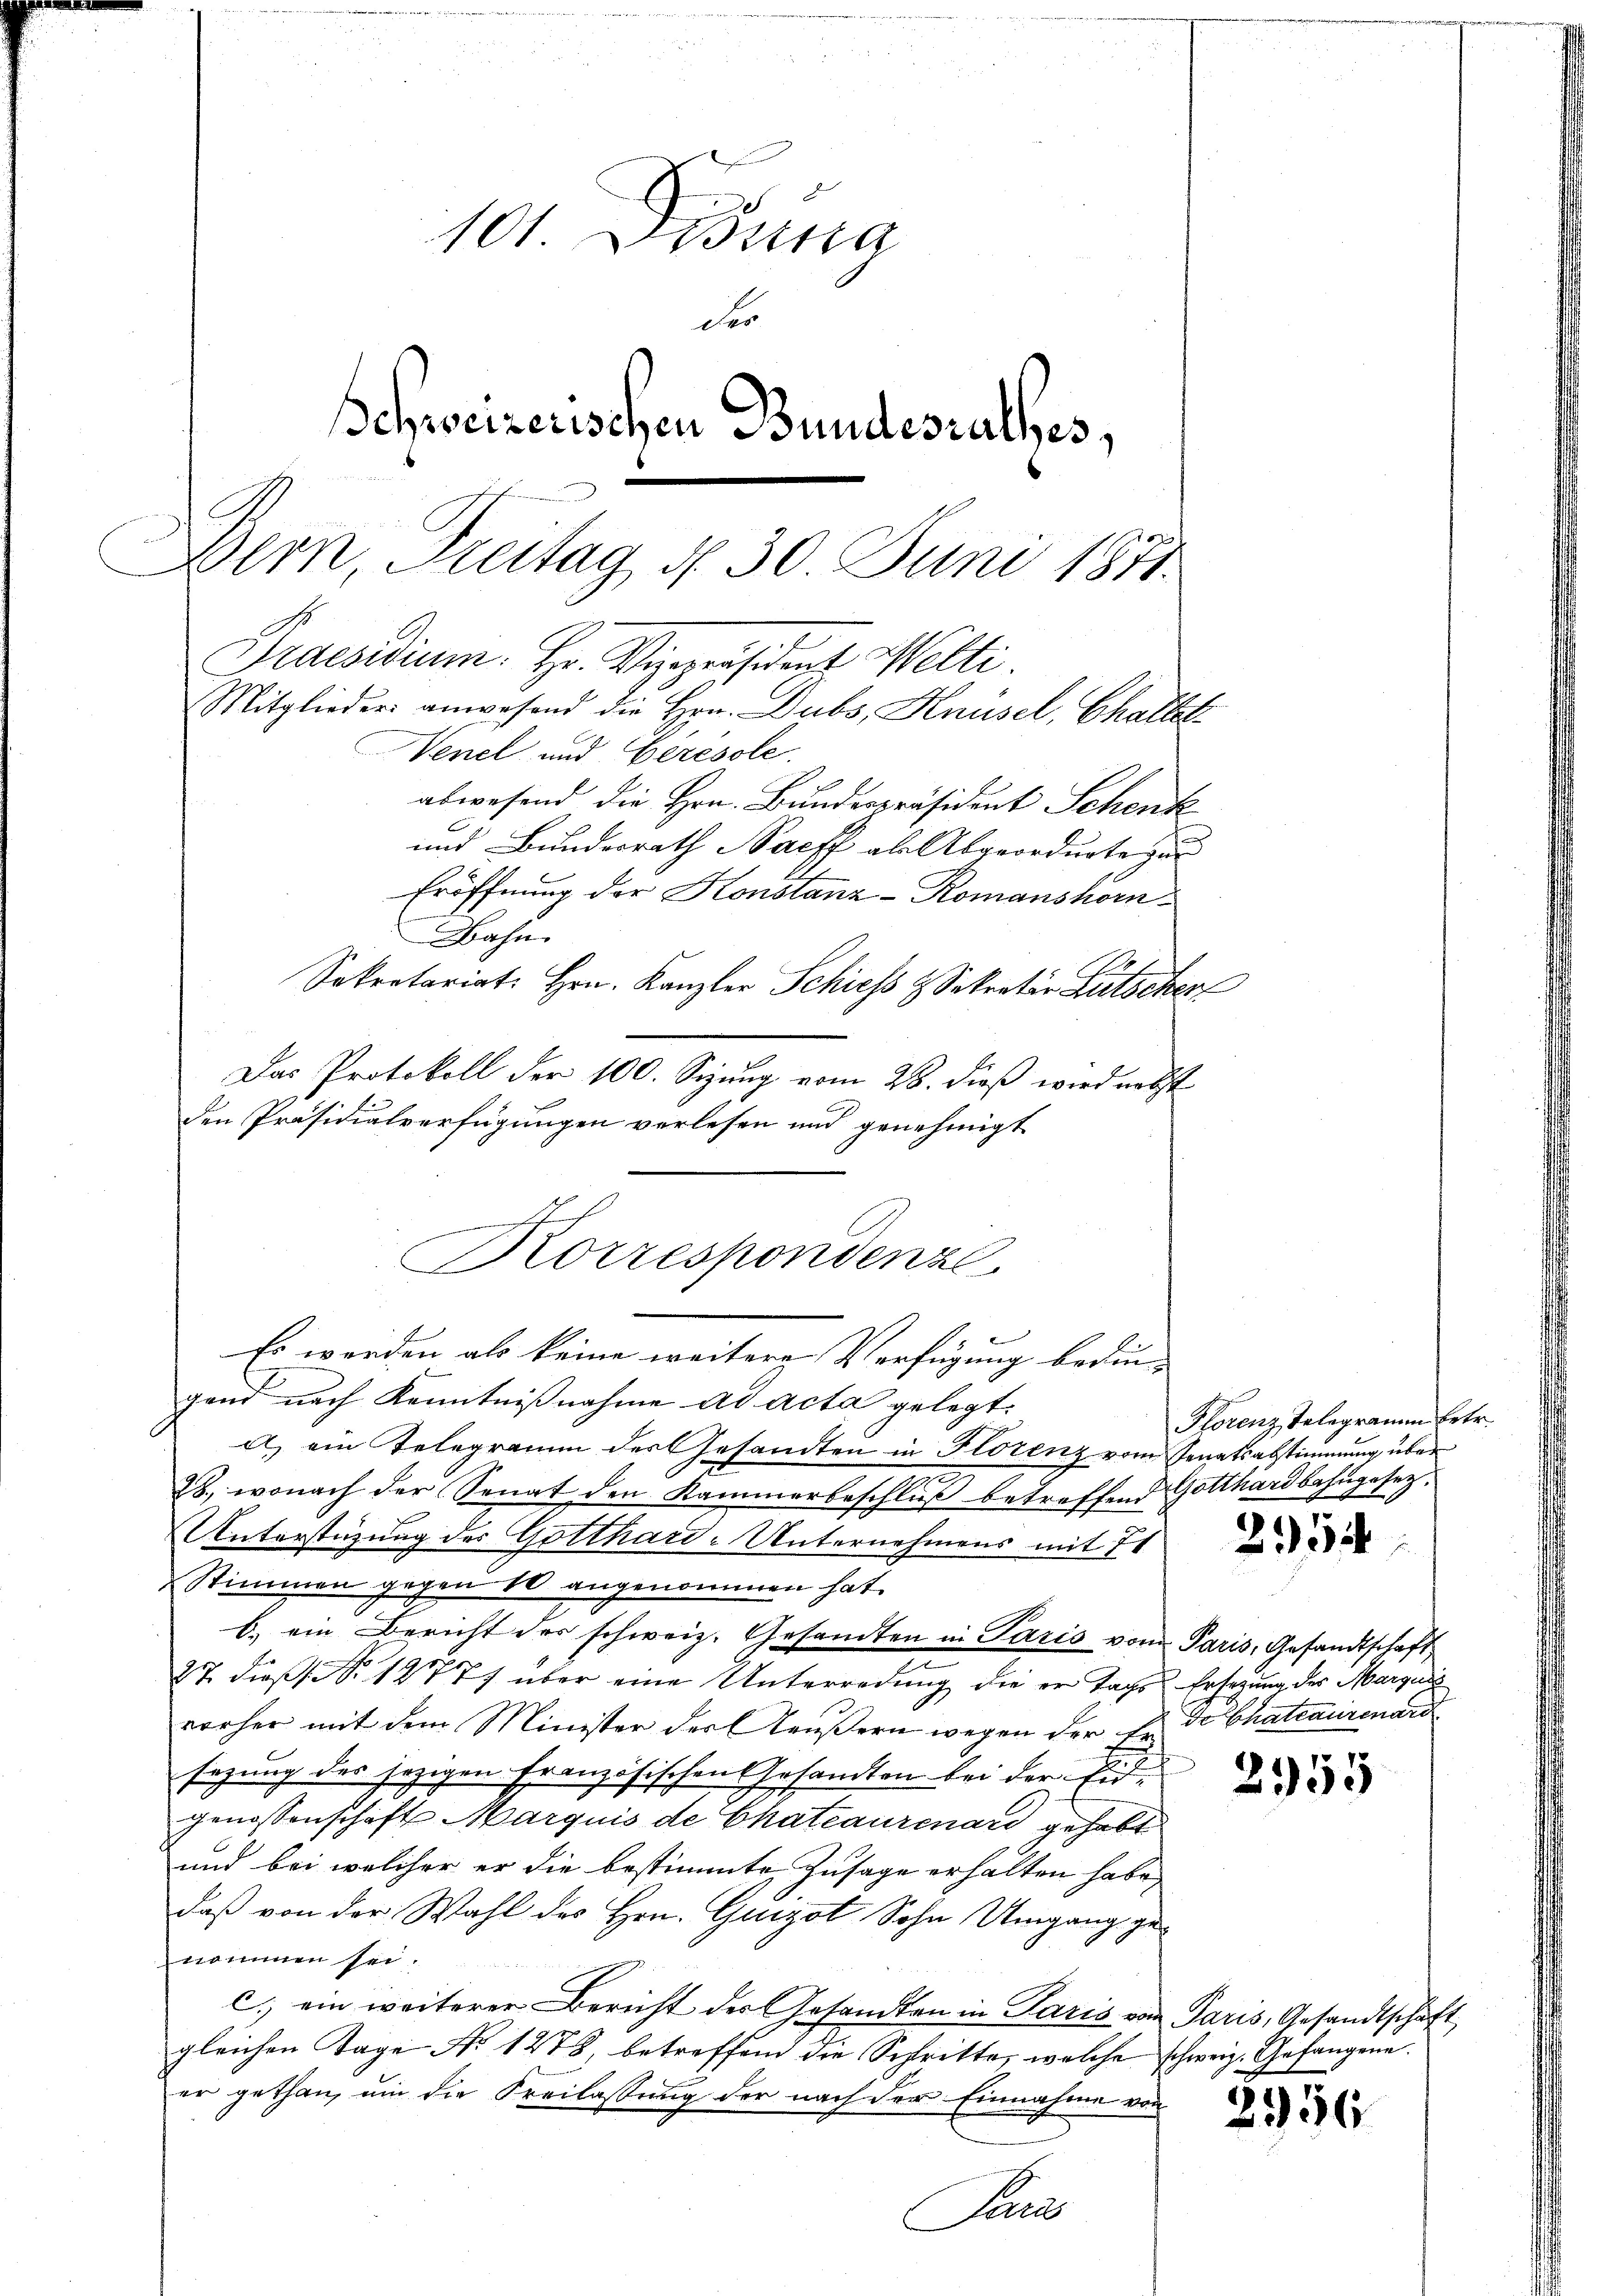
101. Dierna
des
Schweizerischen Bundesrathes,
Dern, Freitag d. 30 Juni 1871.
Praesidium. Hr. Vizepräsident Welti
Mitglieder anwesend die Hrn. Dubs, Knüsel, Challet
Venel und Geresole.
abwesend die Hrn. Bundespräsident Schenk

und Bundesrath Bacff als Abgeordnete zur
Eröffnung der Konstanz-Romanshorn¬
Bahn
Sekretariat. Hrn. Kanzler Schiefs & Sekretär Lütschen
Das Protokoll der 100. Sizung vom 28. dieß wird nebst
den Präsidialverfügungen verlesen und genehmigt

Korrespondenzl
Es werden als keine weitere Verfügung beding

gend nach Kenntnißnahme ad acta gelegt:
a) ein Telegramm des Gesandten in Florenz vom Senatsabstimmung über
28., wonach der Senat den Kammerbeschlŭβ betreffend Gotthardbahngesetz¬
Unterstüzung des Gotthard-Unternehmens mit 21
Stimmen gegen 10 angenommen hat.
b.) ein Bericht der schweiz. Gesandten in Paris von Paris, Gesandtschaft
27 dieß No 1277) über eine Unterredung die er Tags Ersezung des Marquis
vorher mit dem Minister der Aeußern wegen der Dr. de Chateaurenard
sezung des jezigen Französischen Gesandten bei der Eid¬
Genossenschaft Marquis de Chateaurenard gehabt
und bei welcher er die bestimmte Zusage erhalten habe,
daß von der Wahl des Hrn. Guizot Sohn Umgang genommen sei.
C. ein weiterer Bericht der Gesandten in Paris von Paris, Gesandtschaft
gleichen Tage No 1278, betreffend die Schritte, welche schweiz. Gefangene.
er gethan, um die Freilassung der nach der Einnahme von
Pr

Florenz Telegramm Ertr.

2954

2955

x

2956